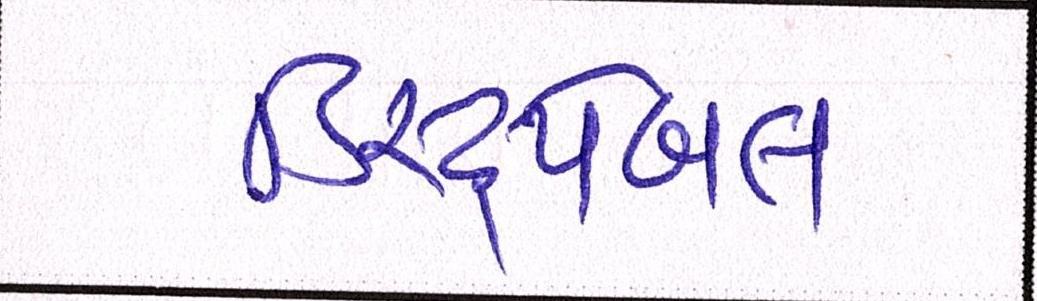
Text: ડિસ્ટ્રપેબલ